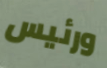
ورئيس